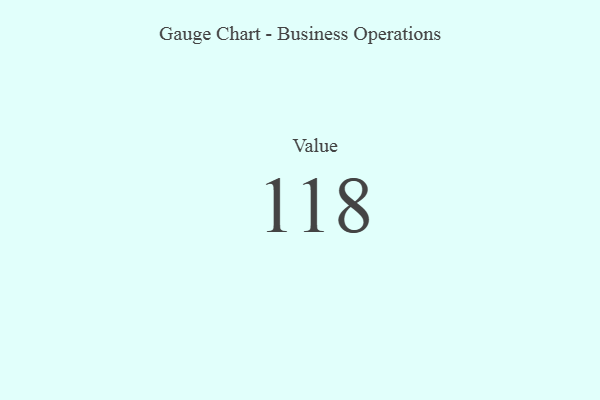
{"axis": {"x": "Metric", "y": "Value"}, "legend": [""], "data": [{"x": "Value", "y": 118, "type": ""}]}